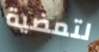
لتمضية